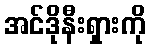
အင်ဒိုနီးရှားကို